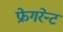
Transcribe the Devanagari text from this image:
फ्रेगरेन्ट